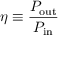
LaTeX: \eta \equiv { \frac { P _ { \mathrm { o u t } } } { P _ { \mathrm { i n } } } }